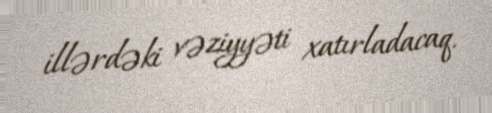
illərdəki vəziyyəti xatırladacaq.